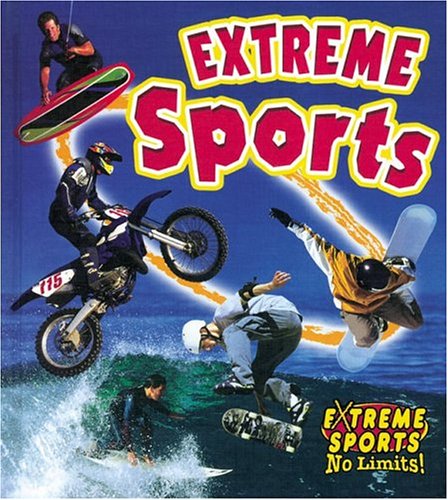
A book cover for Extreme Sports (Extreme Sports No Limits!); John Crossingham; Sports & Outdoors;